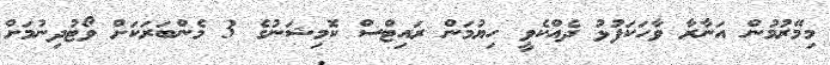
މިމޭރުމުން އަނާރާ ވާހަކަފުޅު ދެއްކެވީ ހިޔުމަން ރައިޓްސް ކޮމިޝަނުގެ 3 މެންބަރަކަށް ވޯޓުދިނުމަށް